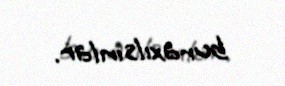
buraxılsınlar.